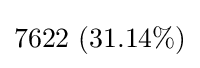
7622\ (31.14\%)